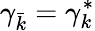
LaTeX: \gamma_{\bar{k}}=\gamma_{k}^{\ast}